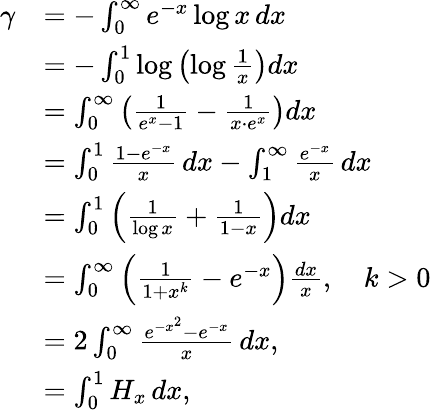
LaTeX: {\begin{array}{rl}{\gamma}&{=-\int_{0}^{\infty}e^{-x}\log x\, dx}\\ &{=-\int_{0}^{1}\log\left(\log{\frac{1}{x}}\right)dx}\\ &{=\int_{0}^{\infty}\left({\frac{1}{e^{x}-1}}-{\frac{1}{x\cdot e^{x}}}\right)dx}\\ &{=\int_{0}^{1}{\frac{1-e^{-x}}{x}}\, dx-\int_{1}^{\infty}{\frac{e^{-x}}{x}}\, dx}\\ &{=\int_{0}^{1}\left({\frac{1}{\log x}}+{\frac{1}{1-x}}\right)dx}\\ &{=\int_{0}^{\infty}\left({\frac{1}{1+x^{k}}}-e^{-x}\right){\frac{dx}{x}},\quad k>0}\\ &{=2\int_{0}^{\infty}{\frac{e^{-x^{2}}-e^{-x}}{x}}\, dx,}\\ &{=\int_{0}^{1}H_{x}\, dx,}\end{array}}